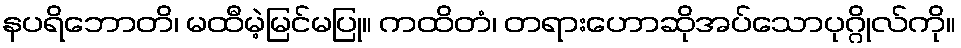
နပရိဘောတိ၊ မထီမဲ့မြင်မပြု။ ကထိတံ၊ တရားဟောဆိုအပ်သောပုဂ္ဂိုလ်ကို။